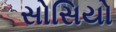
સોસિયો